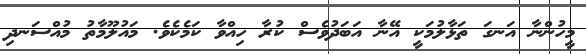
މީހުންނާ އަނގަ ތަޅާލުމަކީ އޭނާ އަބަދުވެސް ކުރާ ހިއްވާ ކަމެކެވެ. މައުލޫމާތު މުއްސަނދި